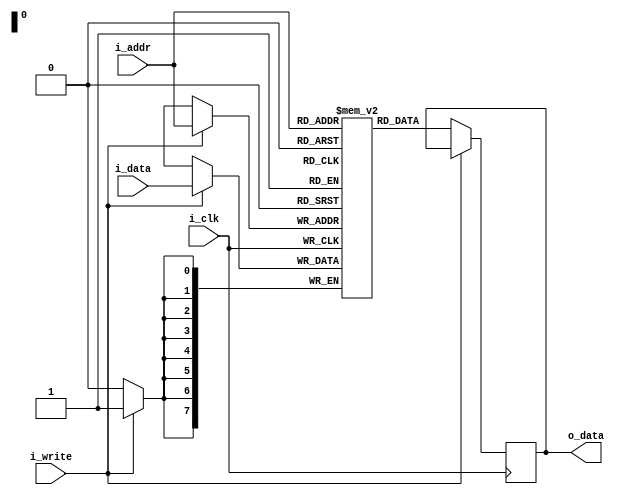
// FPGA VGA Graphics Part 2: SRAM Module (single port)
// (C)2018 Will Green - Licensed under the MIT License
// Learn more at https://timetoexplore.net/blog/arty-fpga-vga-verilog-02

`default_nettype none

module sram #(parameter ADDR_WIDTH=8, DATA_WIDTH=8, DEPTH=256, MEMFILE="") (
    input wire i_clk,
    input wire [ADDR_WIDTH-1:0] i_addr, 
    input wire i_write,
    input wire [DATA_WIDTH-1:0] i_data,
    output reg [DATA_WIDTH-1:0] o_data 
    );

    reg [DATA_WIDTH-1:0] memory_array [0:DEPTH-1]; 

    initial begin
        if (MEMFILE > 0)
        begin
            $display("Loading memory init file '" + MEMFILE + "' into array.");
            $readmemh(MEMFILE, memory_array);
        end
    end

    always @ (posedge i_clk)
    begin
        if(i_write) begin
            memory_array[i_addr] <= i_data;
        end
        else begin
            o_data <= memory_array[i_addr];
        end     
    end
endmodule